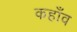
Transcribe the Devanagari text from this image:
कहाँव